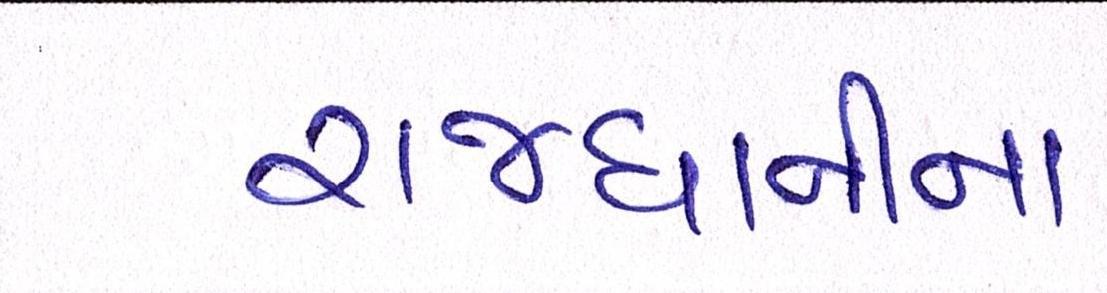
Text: રાજધાનીના